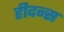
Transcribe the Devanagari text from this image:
हीदन्स